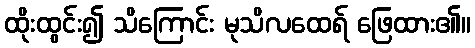
ထိုးထွင်း၍ သိကြောင်း မုသိလထေရ် ဖြေထား၏။